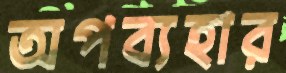
অপব্যহার